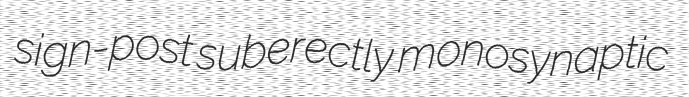
sign-post suberectly monosynaptic